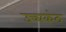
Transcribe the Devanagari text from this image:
उच्चकंठ